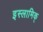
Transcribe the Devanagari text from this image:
इस्लामिक्